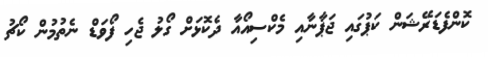
ކޮންފެޑަރޭޝަން ކަޕުގައި ޖަޕާނާއި މެކްސިއޯއާ ދެކޮޅަށް ގޯލު ޖެހި ފޯވަޑް ނެތުމުން ކޯޗު